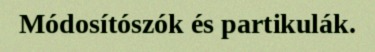
Módosítószók és partikulák.